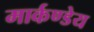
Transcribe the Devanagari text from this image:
मार्कण्‍डेय